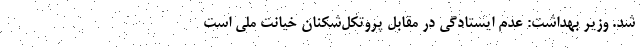
شد. وزیر بهداشت: عدم ایستادگی در مقابل پروتکل‌شکنان خیانت ملی است